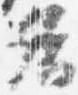
各